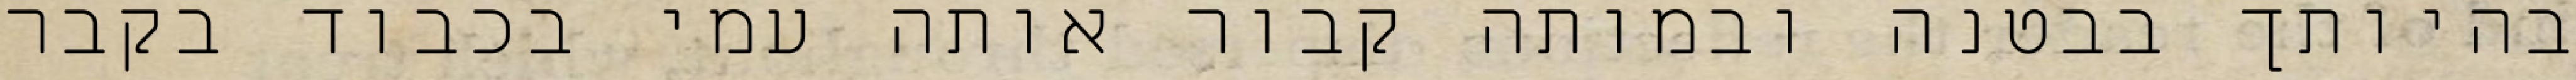
בהיותך בבטנה ובמותה קבור אותה עמי בכבוד בקבר